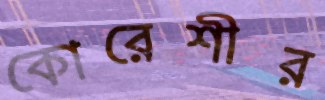
কোরেশীর